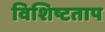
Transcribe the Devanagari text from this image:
विशिष्टताप